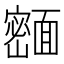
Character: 𬰢